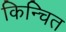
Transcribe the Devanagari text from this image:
किन्चित